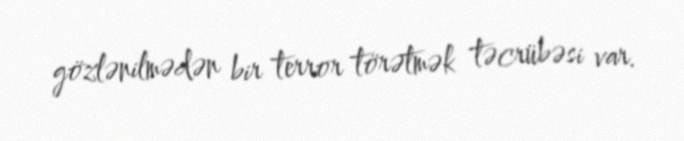
gözlənilmədən bir terror törətmək təcrübəsi var.